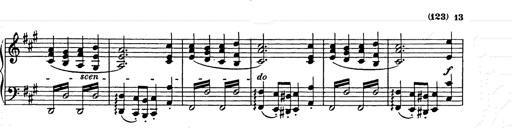
Title: Weihnachtsbaum
Composer: Franz Liszt